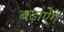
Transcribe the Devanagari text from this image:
बढ़ाऐेंगे